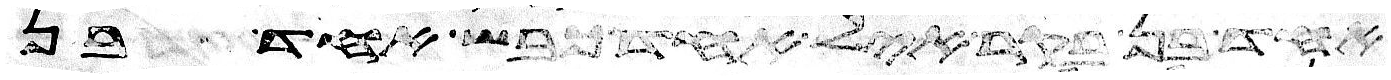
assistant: אחד בן בקר איל אחד כבש אחד בן